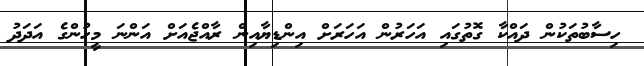
ހިސާބުތަކުން ދައްކާ ގޮތުގައި އަހަރުން އަހަރަށް އިންޑިޔާއިން ރާއްޖެއަށް އަންނަ މީހުންގެ އަދަދު